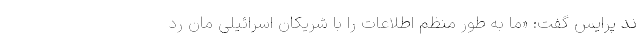
ند پرایس گفت: «ما به طور منظم اطلاعات را با شریکان اسرائیلی مان رد